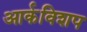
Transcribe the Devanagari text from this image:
आर्कविशप